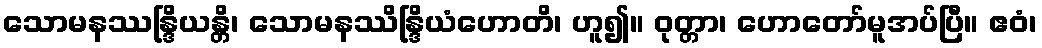
သောမနဿန္ဒြိယန္တိ၊ သောမနဿိန္ဒြိယံဟောတိ၊ ဟူ၍။ ဝုတ္တာ၊ ဟောတော်မူအပ်ပြီ။ ဧဝံ၊